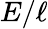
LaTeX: E/\ell